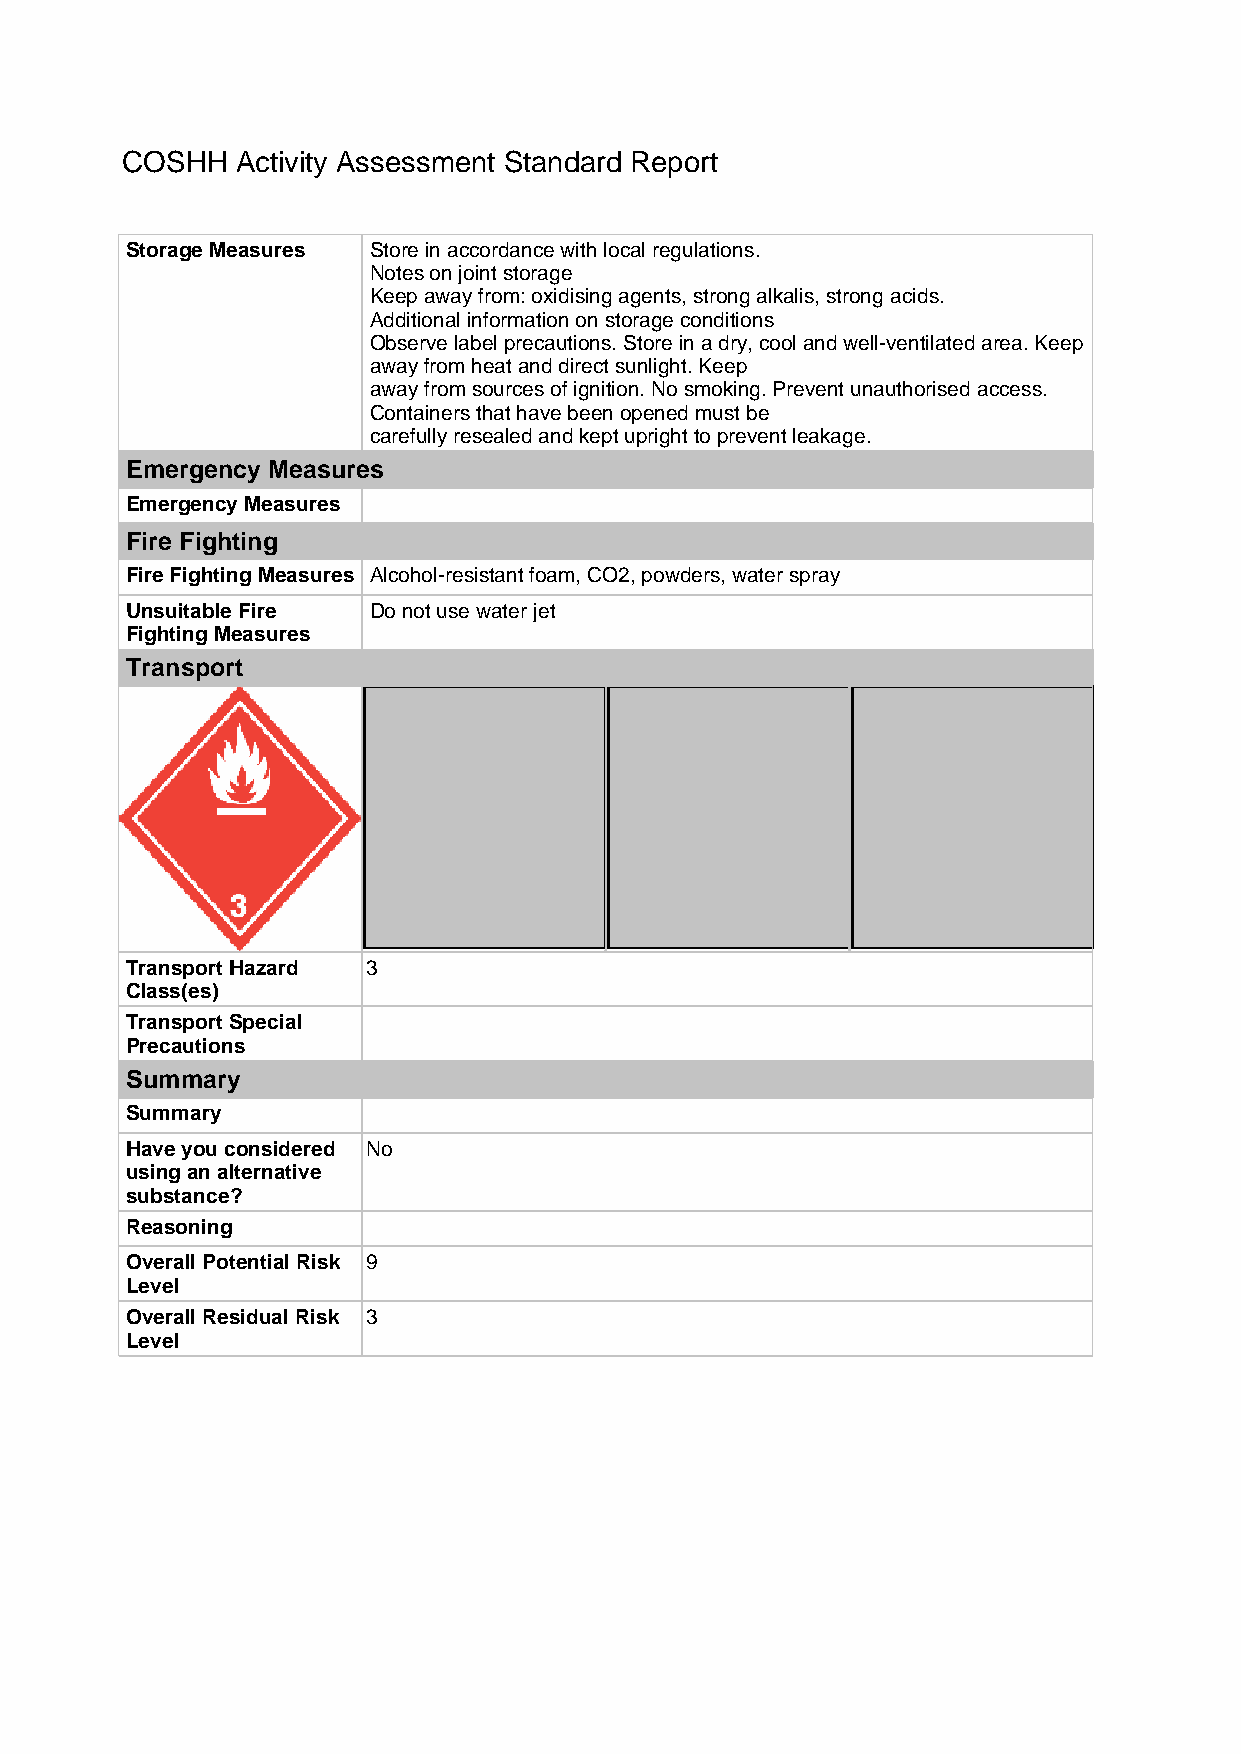
COSHH   Activity Assessment Standard Report
 Storage Measures Store in accordance with local regulations.
 Notes on joint storage
 Keep away from: oxidising agents, strong alkalis, strong acids.
 Additional information on storage conditions
 Observe label precautions. Store in a dry, cool and well-ventilated area. Keep
 away from heat and direct sunlight. Keep
 away from sources of ignition. No smoking. Prevent unauthorised access.
 Containers that have been opened must be
 carefully resealed and kept upright to prevent leakage.
 Emergency Measures
 Emergency Measures
 Fire Fighting
 Fire Fighting Measures Alcohol-resistant foam, CO2, powders, water spray
 Unsuitable Fire Do not use water jet
 Fighting Measures
 Transport
 Transport Hazard 3
 Class(es)
 Transport Special
 Precautions
 Summary
 Summary
 Have you considered No
 using an alternative
 substance?
 Reasoning
 Overall Potential Risk 9
 Level
 Overall Residual Risk 3
 Level